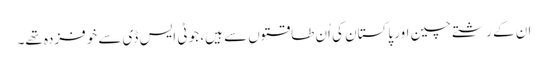
ان کے رشتے چین اور پاکستان کی اُن طاقتوں سے ہیں، جو ٹی ایس ڈی سے خوفزدہ تھے۔